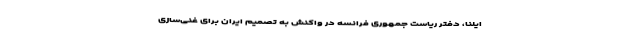
ایلنا، دفتر ریاست جمهوری فرانسه در واکنش به تصمیم ایران برای غنی‌سازی